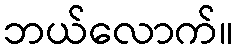
ဘယ်လောက်။